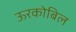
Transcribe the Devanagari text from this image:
ऊरकोबिल